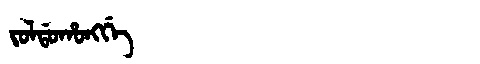
Manchu: ᠵᠣᠯᡩᠣᡥᠣᠩᡤᡝ
Romanization: JOLDOHONGGE